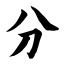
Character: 分